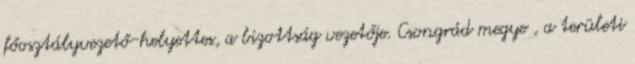
főosztályvezető-helyettes, a bizottság vezetője. Csongrád megye , a területi